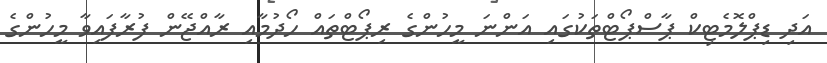
އަދި ޑިޕްލޮމެޓިކް ޕާސްޕޯޓްތަކުގައި އަންނަ މީހުންގެ ރިޕޯޓްތައް ހޯދުމާއި ރާއްޖޭން ފުރާފައިވާ މީހުންގެ